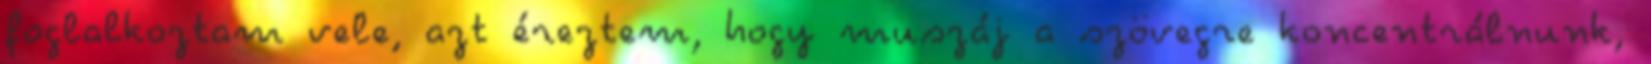
foglalkoztam vele, azt éreztem, hogy muszáj a szövegre koncentrálnunk,